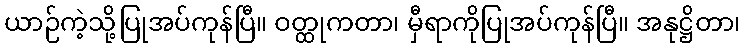
ယာဉ်ကဲ့သို့ပြုအပ်ကုန်ပြီ။ ဝတ္ထုကတာ၊ မှီရာကိုပြုအပ်ကုန်ပြီ။ အနုဋ္ဌိတာ၊